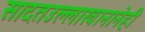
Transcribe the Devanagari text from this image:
सादतउल्लाखानानेही